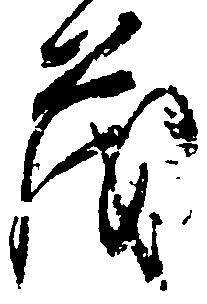
茂